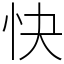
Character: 快